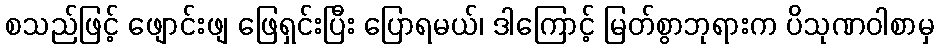
စသည်ဖြင့် ဖျောင်းဖျ ဖြေရှင်းပြီး ပြောရမယ်၊ ဒါကြောင့် မြတ်စွာဘုရားက ပိသုဏဝါစာမှ